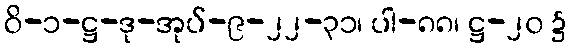
ဝိ-၁-ဋ္ဌ-ဒု-အုပ်-၉-၂၂-၃၁၊ ပါ-၈၈၊ ဋ္ဌ-၂၀ ၌